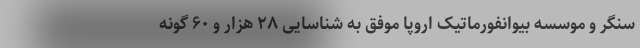
سنگر و موسسه بیوانفورماتیک اروپا موفق به شناسایی ۲۸ هزار و ۶۰ گونه